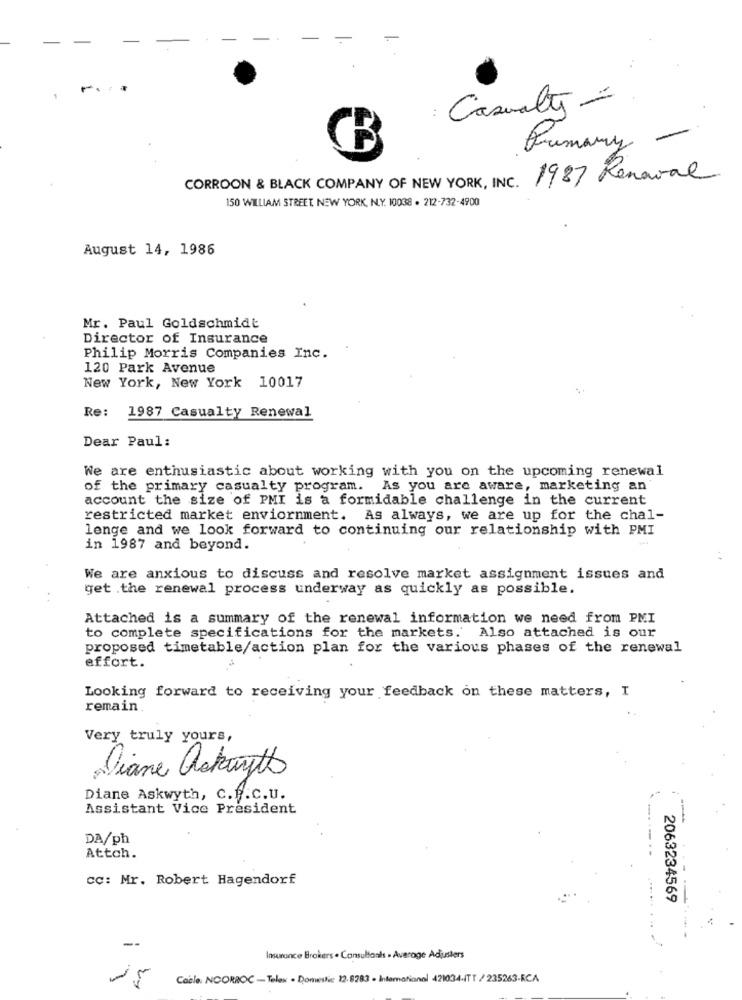
-
-
Casualty -
Primary -
1937 Renaval
CORROON & BLACK COMPANY OF NEW YORK, INC.
150 WILLIAM STREET, NEW YORK, N.Y. 10038 . 212-732-4900
August 14, 1986
Mr. Paul Goldschmidt
Director of Insurance
Philip Morris Companies Inc.
120 Park Avenue
New York, New York 10017
Re:
1987 Casualty Renewal
Dear Paul:
We are enthusiastic about working with you on the upcoming renewal
of the primary casualty program. As you are aware, marketing an
account the size of PMI is a formidable challenge in the current
restricted market enviornment. As always, we are up for the chal-
lenge and we look forward to continuing our relationship with PMI
in 1987 and beyond.
We are anxious to discuss and resolve market assignment issues and
get .the renewal process underway as quickly as possible.
Attached is a summary of the renewal information we need from PMI
to complete specifications for the markets. Also attached is our
proposed timetable/action plan for the various phases of the renewal
effort.
Looking forward to receiving your feedback on these matters, I
remain
Very truly yours,
Diane ackayto
Diane Askwyth, C.P.C.U.
Assistant Vice President
DA/ph
Attch.
cc: Mr. Robert Hagendorf
2063234569
Insurance Brokers . Consultants . Average Adjusters
Cable: NOORROC - Telex - Domestic 12.8283 - International 421034-ITT / 235263-KCA